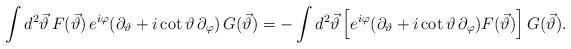
LaTeX: \begin{align*}\int d^{2}\vec{\vartheta}\,F(\vec{\vartheta})\,e^{i\varphi}(\partial_{\vartheta}+i\cot \vartheta\,\partial_{\varphi})\,G(\vec{\vartheta})=-\int d^{2}\vec{\vartheta}\left[e^{i\varphi}(\partial_{\vartheta}+i\cot \vartheta\,\partial_{\varphi})F(\vec{\vartheta})\right]G(\vec{\vartheta}).\end{align*}